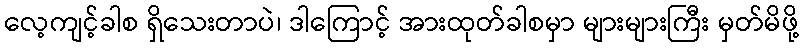
လေ့ကျင့်ခါစ ရှိသေးတာပဲ၊ ဒါကြောင့် အားထုတ်ခါစမှာ များများကြီး မှတ်မိဖို့